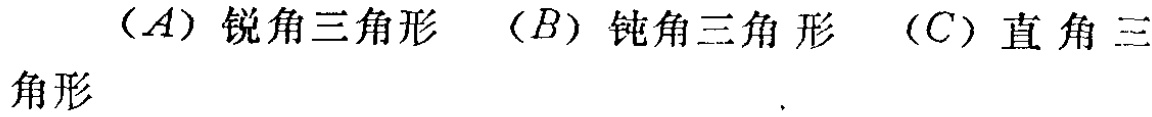
（A）锐角三角形 （B）钝角三角形 （C）直角三角形